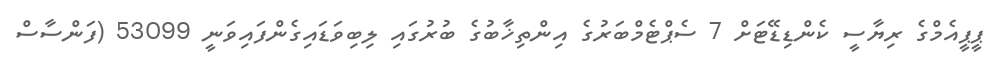
ޕީޕީއެމްގެ ރިޔާސީ ކެންޑިޑޭޓަށް 7 ސެޕްޓެމްބަރުގެ އިންތިޚާބުގެ ބުރުގައި ލިބިވަޑައިގެންފައިވަނީ 53099 (ފަންސާސް